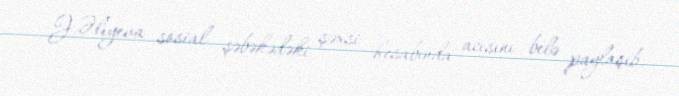
J.Əliyeva sosial şəbəkədəki şəxsi hesabında acısını belə paylaşıb.